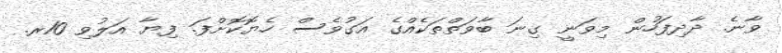
ވާނެ. ދާދިފަހުން މިވަނީ ގިނަ ބާވަތްތަކެއްގެ އަގުވެސް ހެޔޮކޮށްފަ. ފިޔާ އަލުވި 10ރ.